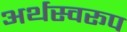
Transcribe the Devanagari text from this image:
अर्थस्वरूप